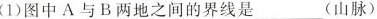
(1)图中A与B两地之间的界线是___(山脉)